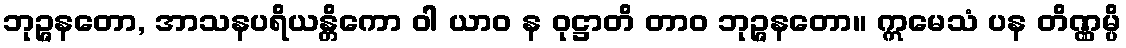
ဘုဉ္ဇနတော, အာသနပရိယန္တိကော ဝါ ယာဝ န ဝုဋ္ဌာတိ တာဝ ဘုဉ္ဇနတော။ ဣမေသံ ပန တိဏ္ဏမ္ပိ